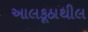
આલકૂઠાથીલ